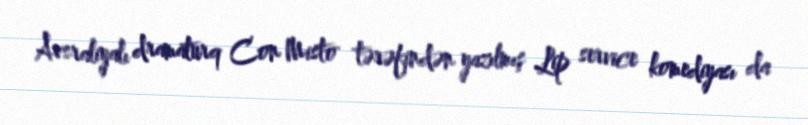
Avsraliyalı dramaturq Con Misto tərəfindən yazılmış Lip service komediyası da